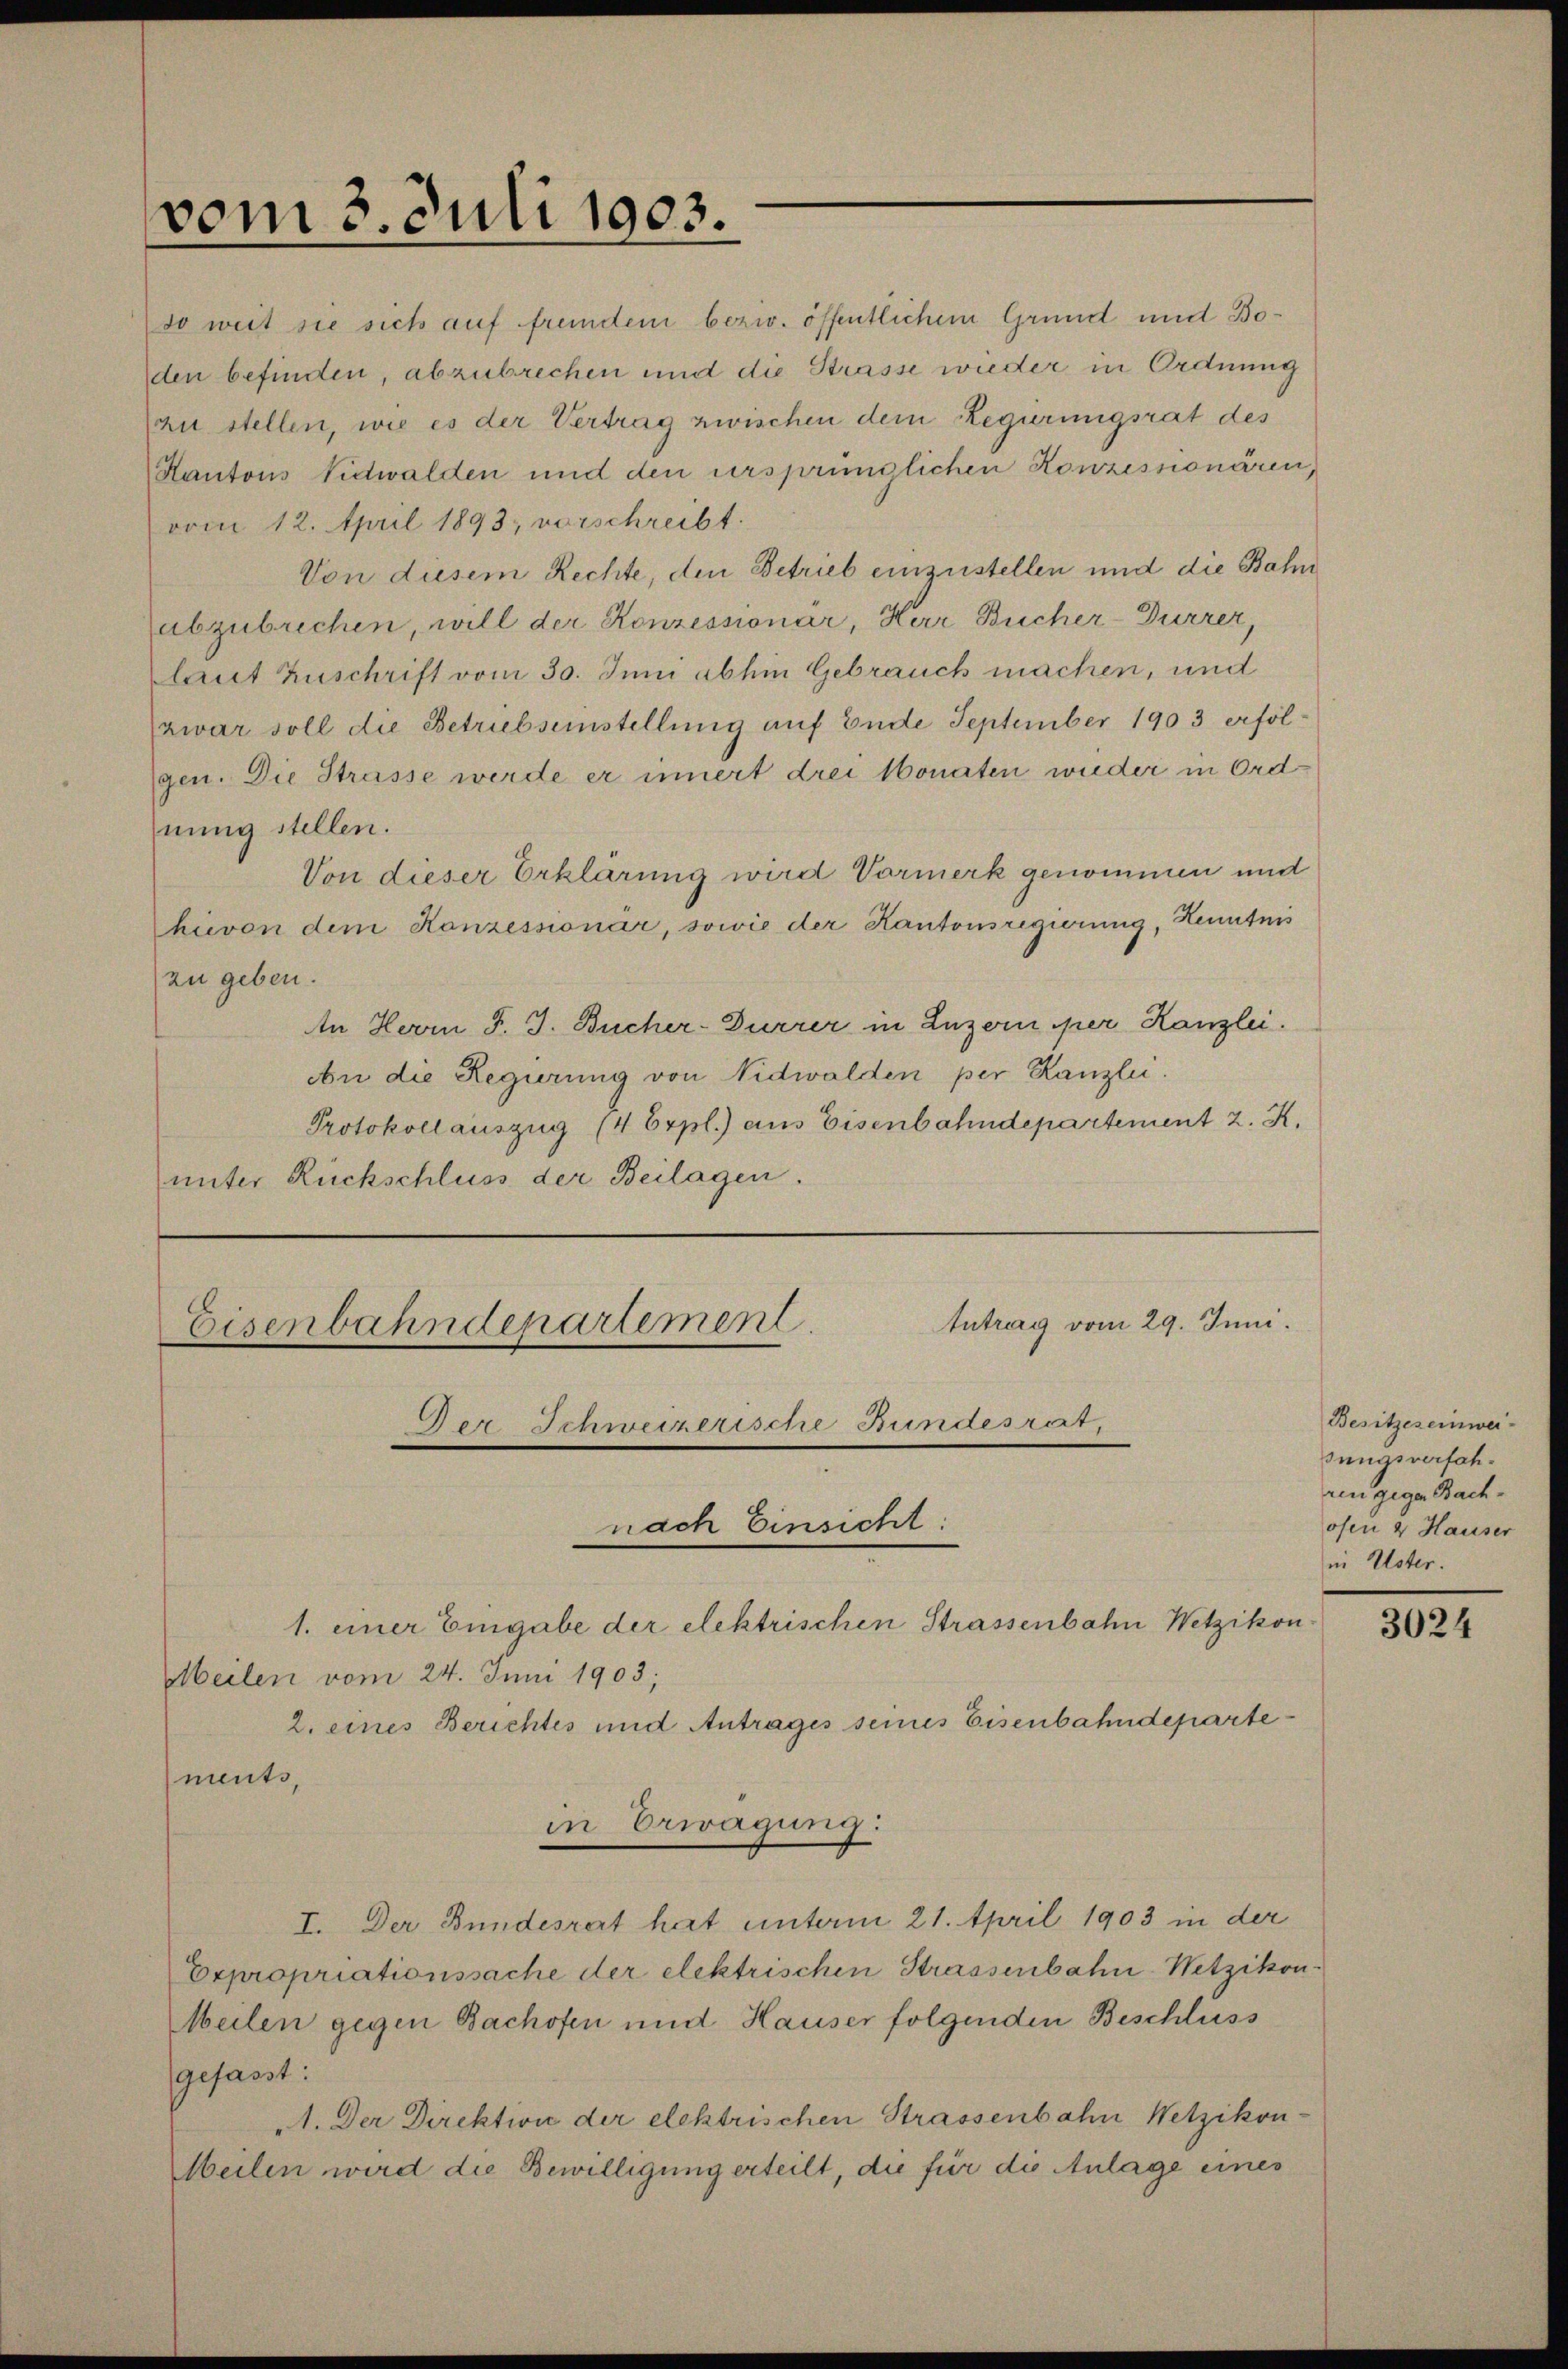
vom 3. Juli 1903.

so weit sie sich auf fremdem beziv. öffentlichem Grund und Boden befinden, abzubrechen und die Strasse wieder in Ordnung
(zu stellen, wie es der Vertrag zwischen dem Regierungsrat des
Kantons Nidwalden und den ursprünglichen Konzesnonären,
vom 12. April 1893, vorschreibt.
Von diesem Rechte, den Betrieb einzustellen und die Bahn
abzubrechen, will der Konzessionär, Herr Bücher-Durrer,
laut Zuschrift vom 30. Juni abhin Gebrauch machen, und
zwar soll die Betrubsunstellung auf Ende September 1903 erfolgen. Die Strasse werde er innert drei Monaten wieder in Ordnung stellen.
Von dieser Erklärung wird Vormerk genommen und
hievon dem Konzessionär, sowie der Kantonsregierung, Henntnis
zu geben.
An Herrn J. J. Bücher-Durrer in Luzern per Kanzlei.
An die Regierung von Nidwalden per Kanzlei.
Protokoll auszug (4 Erpl.) aus Eisenbahndepartement 2. X.
unter Rückschluss der Beilagen.

Eisenbahndepartement.
nach Einsicht:
1. einer Eingabe der elektrischen Strassenbahn Wetzikon

Der Schweizerische Bundesrat,

Meilen vom 24. Juni 1903;
2. eines Berichtes und Antrages seines Eisenbahndeparte
ments,
I. Der Bundesrat hat unterm 21. April 1903 in der
Expropriationssache der elektrischen Strassenbahn Wetzikon.
Weilen gegen Bachofen und Hauser folgenden Beschluss
gefasst:
1. Der Direktion der elektrischen Strassenbahn Wetzikon-
Meilen wird die Bewilligung erteilt, die für die Anlage eines

in Erwägung:

Antrag vom 29. Juni.

Besitzes einwei-
sungsverfahren gegen Bachofen 2 Hauser
in Uster.

3024